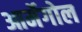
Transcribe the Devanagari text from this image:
आर्मेगोल